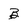
Character: B